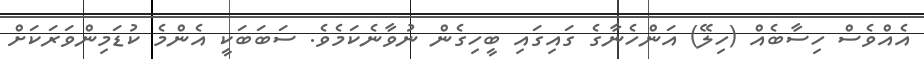
އެއްވެސް ހިސާބެއް (ހިލޭ) އަންހެނާގެ ގައިގައި ބީހިގެން ނުވާނެކަމެވެ. ސަބަބަކީ އެންމެ ކުޑަމިންވަރަކަށް